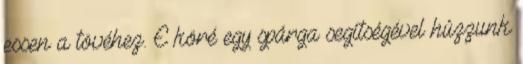
essen a tövéhez. E köré egy spárga segítségével húzzunk